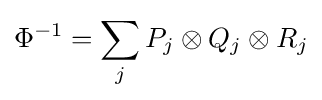
\Phi ^{-1}=\sum _{j}P_{j}\otimes Q_{j}\otimes R_{j}